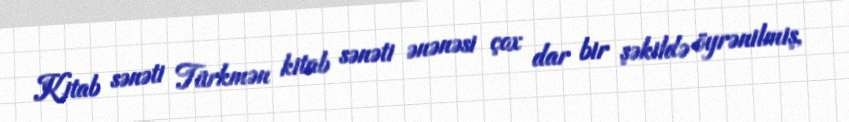
Kitab sənəti Türkmən kitab sənəti ənənəsi çox dar bir şəkildə öyrənilmiş,